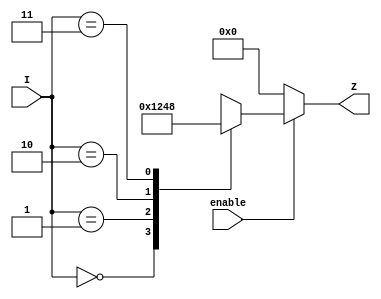
// dec2to4.v
module dec2to4(
  input wire enable,
	input wire [1:0] I,
	output reg [3:0] Z
);

always@*
	if(enable)
		case(I)
			0: Z = 4'b0001;
			1: Z = 4'b0010;
			2: Z = 4'b0100;
			3: Z = 4'b1000;
		endcase
	else
		Z = 4'b0000;
  
endmodule